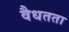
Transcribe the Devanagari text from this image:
वैधतता